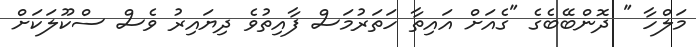
މަލްހާ " ދޮންބޭބެގެ "ގެއަށް އައިތާ ހަތަރުމަސް ފާއިތުވެ ދިޔައިރު ވެސް ސްކޫލަކަށް